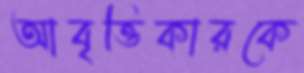
আবৃত্তিকারকে